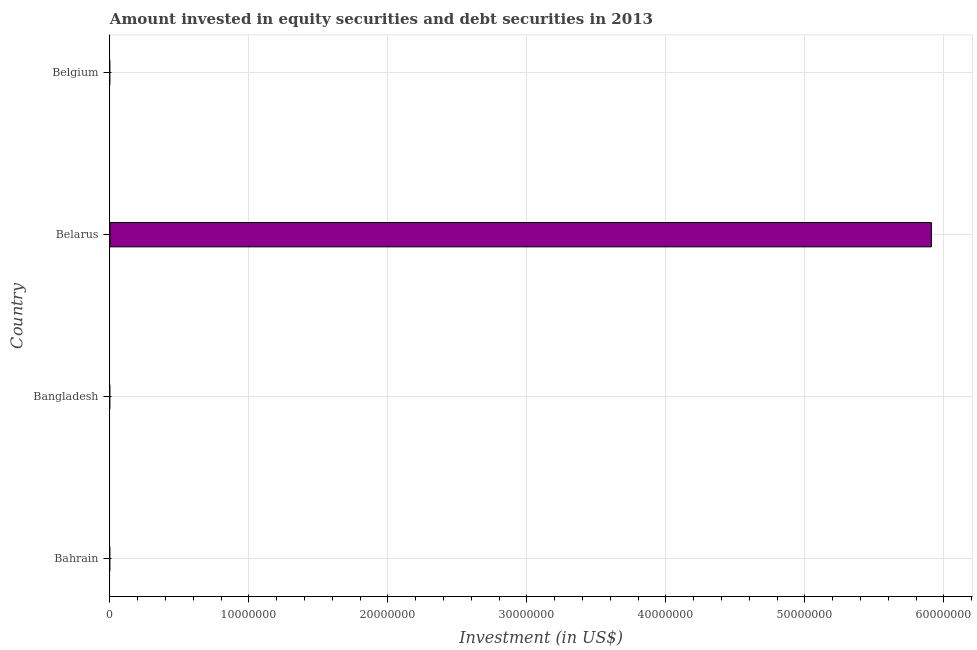
| Country | Portfolio Investment |
 | --- | --- |
 | Bahrain | -3.5e+09 |
 | Bangladesh | -1.33e+08 |
 | Belarus | 5.91e+07 |
 | Belgium | -2.85e+10 |